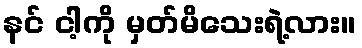
နင် ငါ့ကို မှတ်မိသေးရဲ့လား။